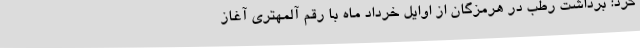
کرد: برداشت رطب در هرمزگان از اوایل خرداد ماه با رقم آلمهتری آغاز